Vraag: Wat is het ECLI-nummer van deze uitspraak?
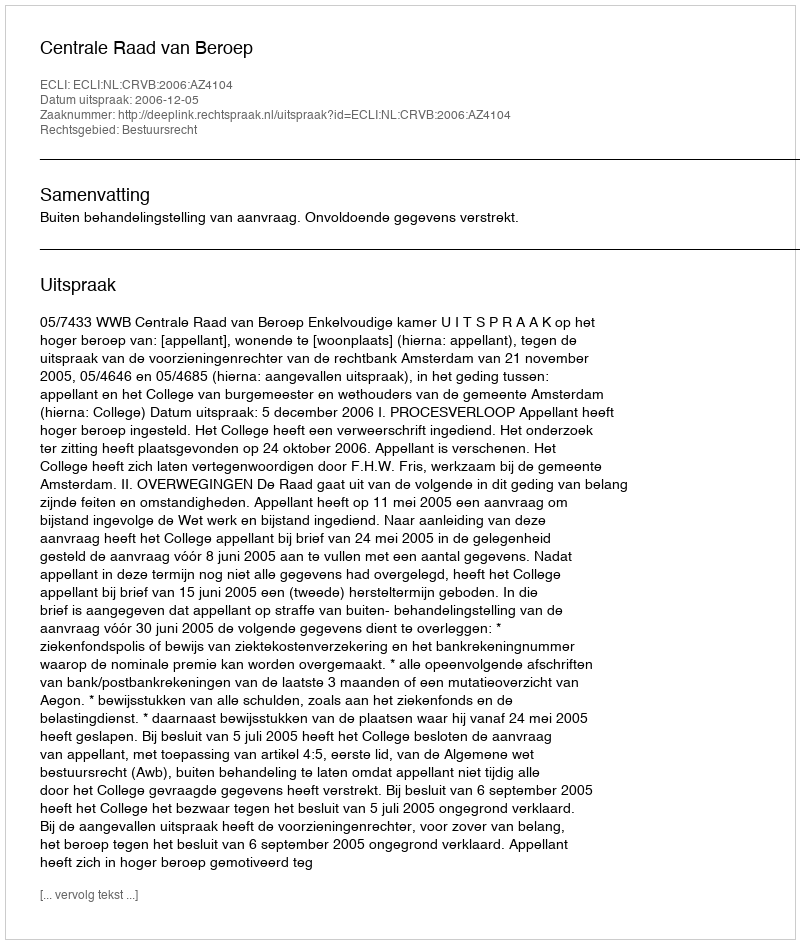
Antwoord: ECLI:NL:CRVB:2006:AZ4104